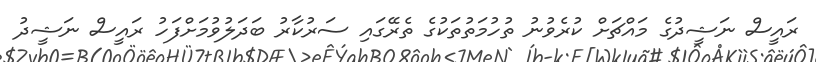
ރައީސް ނަޝީދުގެ މައްޗަށް ކުރެވުނު ތުހުމަތުތަކުގެ ތެރޭގައި ސަރުކާރު ބަދަލުވުމަށްފަހު ރައީސް ނަޝީދު